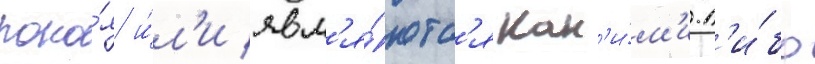
поко́я и́л'и явл'я́ютс'я как'и́м'и-л'и́бо